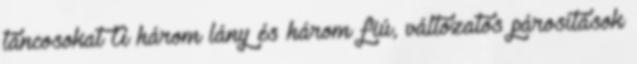
táncosokat A három lány és három fiú, változatos párosítások